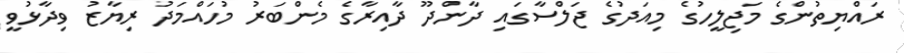
ރައްޔިތުންގެ މަޖިލީހުގެ މިއަދުގެ ޖަލްސާގައި ދާންދޫ ދާއިރާގެ މެންބަރު މުހައްމަދު ރިޔާޒު ވިދާޅުވީ